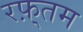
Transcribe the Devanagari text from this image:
रफ़्तम